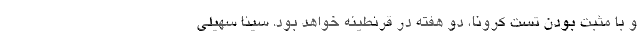
و با مثبت بودن تست کرونا، دو هفته در قرنطینه خواهد بود. سینا سهیلی